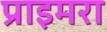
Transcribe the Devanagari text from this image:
प्राइमरा